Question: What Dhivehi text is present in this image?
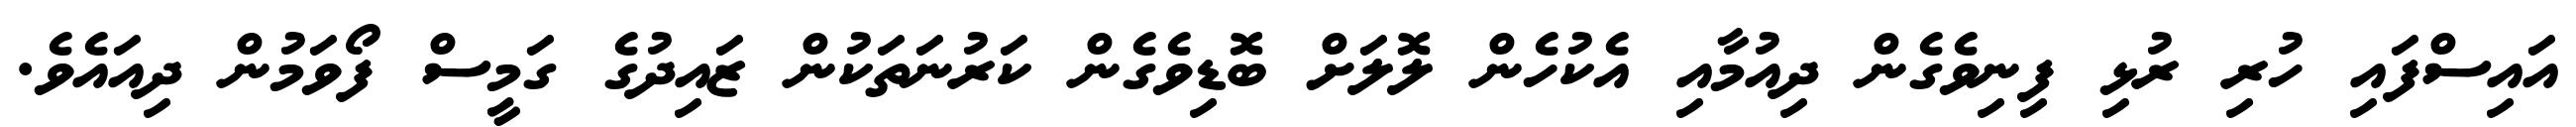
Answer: އައިސްފައި ހުރި ރުޅި ފިނިވެގެން ދިއުމާއި އެކުހެން ލޮލަށް ބޮޑިވެގެން ކަރުނަތަކުން ޒައިދުގެ ގަމީސް ފޯވަމުން ދިއައެވެ.